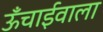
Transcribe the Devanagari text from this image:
ऊँचाईवाला